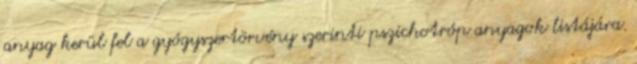
anyag kerül fel a gyógyszertörvény szerinti pszichotróp anyagok listájára.